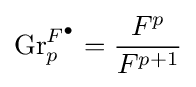
{\text{Gr}}_{p}^{F^{\bullet }}={\frac {F^{p}}{F^{p+1}}}